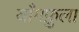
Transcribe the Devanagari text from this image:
याँगफ़ुला